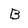
Character: B